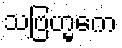
သဗြဟ္မကေ